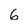
Character: 6